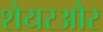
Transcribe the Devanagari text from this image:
शेयरऔर